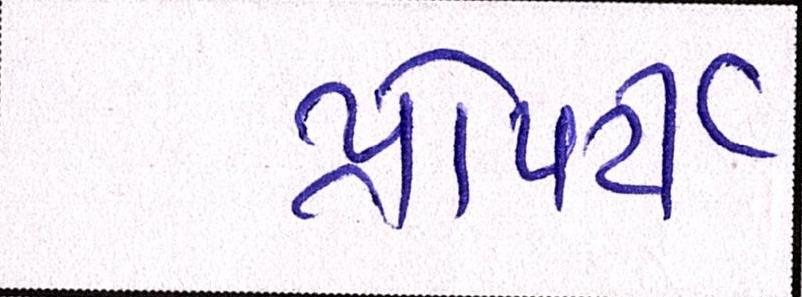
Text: પ્રોપર્ટી